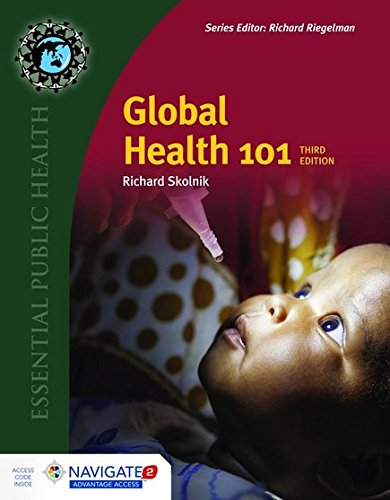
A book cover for Global Health 101 (Essential Public Health); Richard Skolnik; Medical Books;